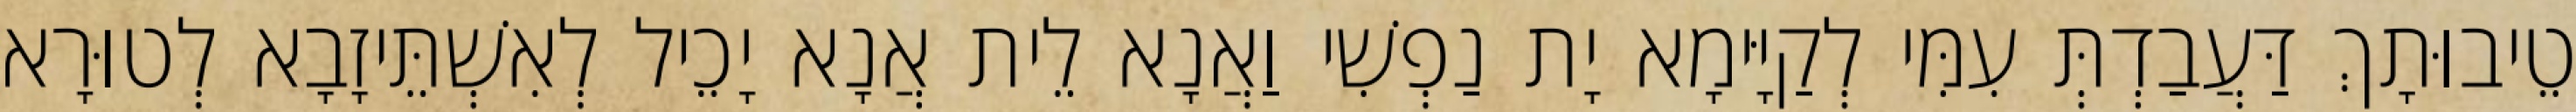
טֵיבוּתָךְ דַּעֲבַדְתְּ עִמִּי לְקַיָּימָא יָת נַפְשִׁי וַאֲנָא לֵית אֲנָא יָכֵיל לְאִשְׁתֵּיזָבָא לְטוּרָא